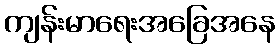
ကျန်းမာရေးအခြေအနေ